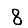
Digit: 8